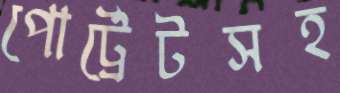
পোর্ট্রেটসহ